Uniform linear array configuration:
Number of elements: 24
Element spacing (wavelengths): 1
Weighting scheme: uniform
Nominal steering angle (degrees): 0
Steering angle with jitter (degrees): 1.662
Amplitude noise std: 0.05
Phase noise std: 0.05

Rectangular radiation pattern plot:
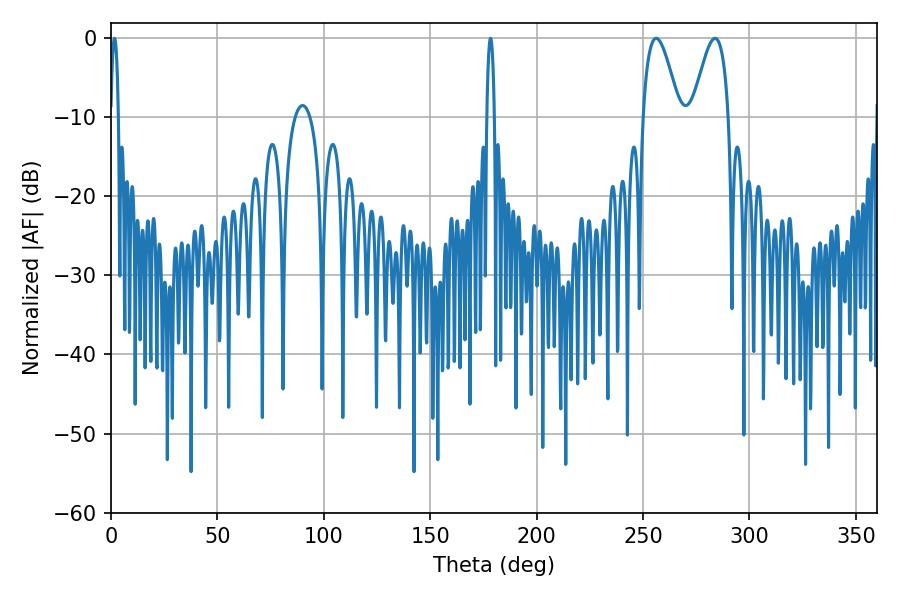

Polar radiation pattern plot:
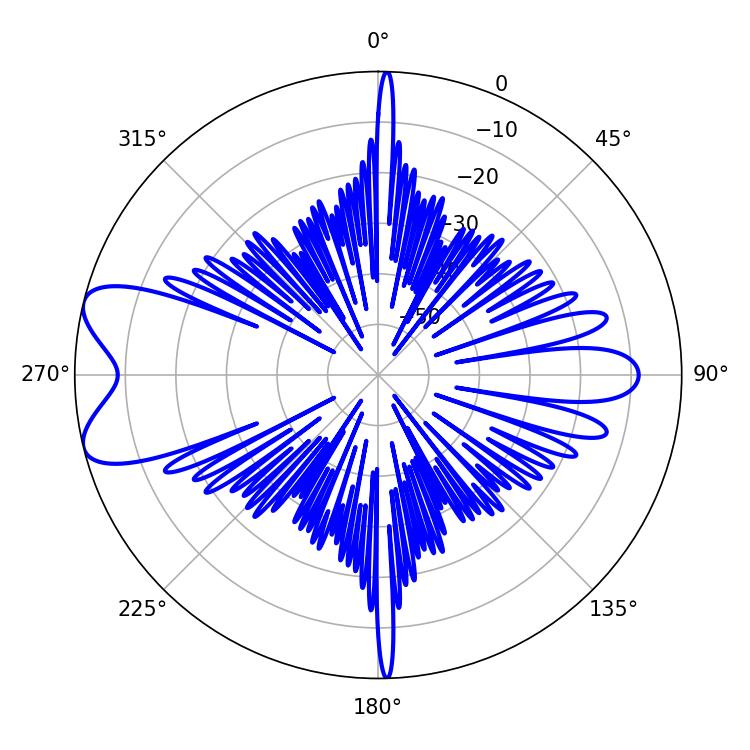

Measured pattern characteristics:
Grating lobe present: TRUE
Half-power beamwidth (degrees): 9.18
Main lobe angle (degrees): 256.14